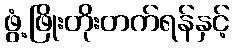
ဖွံ့ဖြိုးတိုးတက်ရန်နှင့်